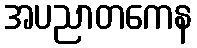
အပညာတကေန